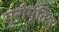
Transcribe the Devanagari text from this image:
गुरोर्मूतिःर्